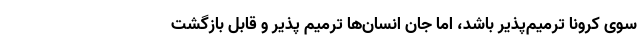
سوی کرونا ترمیم‌پذیر باشد، اما جان انسان‌ها ترمیم پذیر و قابل بازگشت